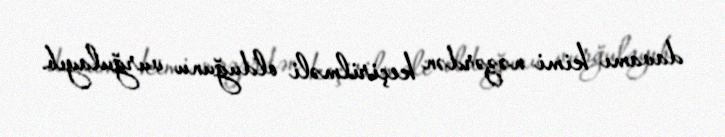
davamı kimi nəzərdən keçirilməli olduğunu vurğulayıb.